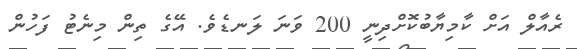
ރެއާލް އަށް ކާމިޔާބުކޮށްދިނީ 200 ވަނަ ލަނޑެވެ. އޭގެ ތިން މިނެޓު ފަހުން